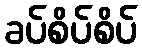
ခပ်စိပ်စိပ်